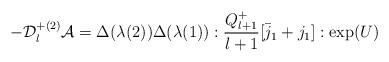
LaTeX: \begin{align*}-{\cal D}_{l}^{+(2)}{\cal A}= \Delta(\lambda(2))\Delta(\lambda(1)):\frac {Q_{l+1}^+}{l+1}[\bar{j}_1+j_1]:\exp(U)\end{align*}